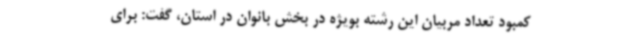
کمبود تعداد مربیان این رشته بویژه در بخش بانوان در استان، گفت: برای